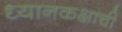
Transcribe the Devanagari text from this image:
ध्यानकक्षाची